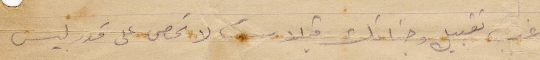
نحب تقبيل وجناتك قبلات لا تحصى على قدر ليس